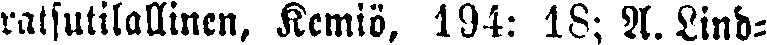
ratsutilallinen, Kemiö. 194: 18; A. Lind-